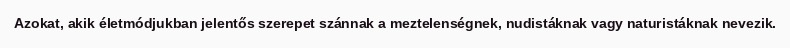
Azokat, akik életmódjukban jelentős szerepet szánnak a meztelenségnek, nudistáknak vagy naturistáknak nevezik.